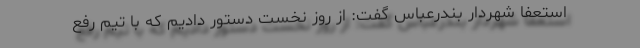
استعفا شهردار بندرعباس گفت: از روز نخست دستور دادیم که با تیم رفع